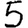
Digit: 5